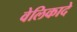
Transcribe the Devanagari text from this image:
वेलिकादे